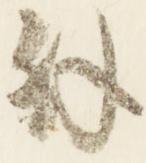
外